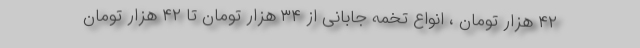
۴۲ هزار تومان ، انواع تخمه جابانی از ۳۴ هزار تومان تا ۴۲ هزار تومان